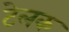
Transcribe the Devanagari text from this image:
टेलक